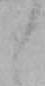
し